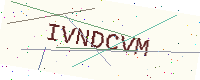
Text: IVNDCVM